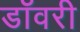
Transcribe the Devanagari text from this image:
डॉवरी